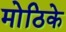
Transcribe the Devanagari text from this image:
मोठिके